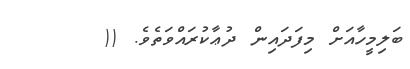
ބަލިމީހާއަށް މިފަދައިން ދުޢާކުރައްވަތެވެ. ((